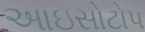
આઇસોટોપ